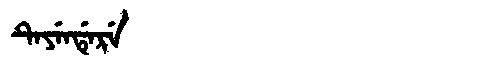
Manchu: ᡨᡝᠶᡝᠨᡩᡝᡵᡝ
Romanization: TEYENDERE